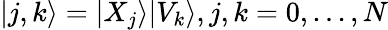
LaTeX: |j,k\rangle=|X_{j}\rangle|V_{k}\rangle,j,k=0,...,N